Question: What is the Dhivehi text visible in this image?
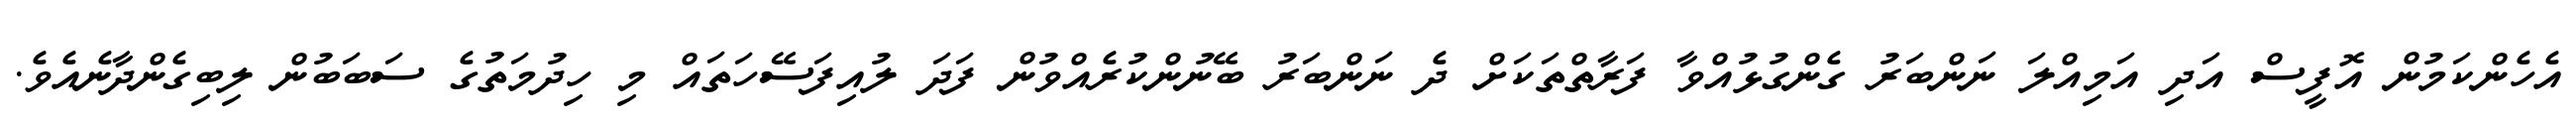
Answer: އެހެންކަމުން އޮފީސް އަދި އަމިއްލަ ނަންބަރު ގެންގުޅުއްވާ ފަރާތްތަކަށް ދެ ނަންބަރު ބޭނުންކުރެއްވުން ފަދަ ލުއިފަސޭހަތައް މި ހިދުމަތުގެ ސަބަބުން ލިބިގެންދާނެއެވެ.